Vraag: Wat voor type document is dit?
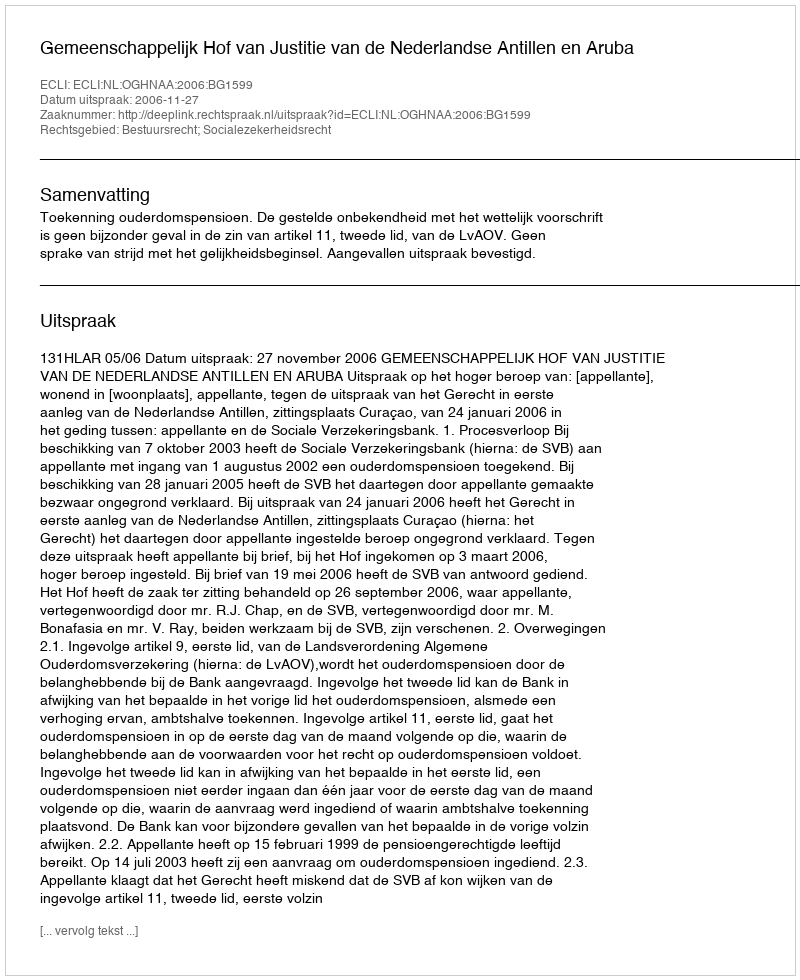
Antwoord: Uitspraak